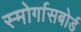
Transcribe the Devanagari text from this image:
स्मोर्गासबोर्ड